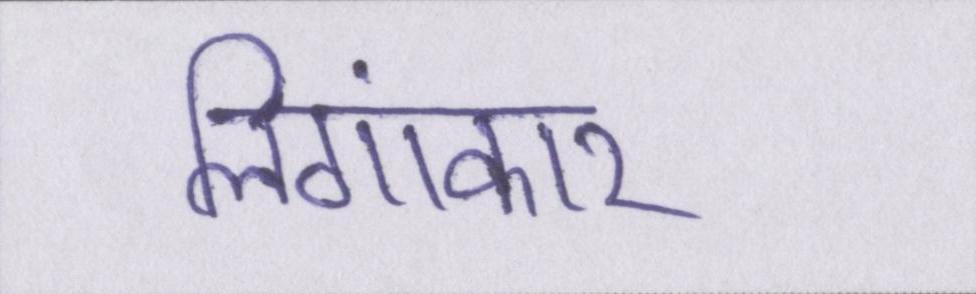
लिंगाकार